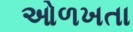
ઓળખતા